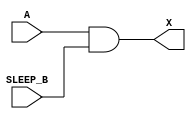
module sky130_fd_sc_lp__inputiso0n_5 (
    X      ,
    A      ,
    SLEEP_B
);
    output X      ;
    input  A      ;
    input  SLEEP_B;
    and and0 (X     , A, SLEEP_B     );
endmodule